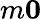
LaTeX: m\le 0